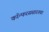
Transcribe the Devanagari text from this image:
कॉन्फरससारख्या